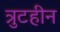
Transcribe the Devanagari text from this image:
त्रुटहीन